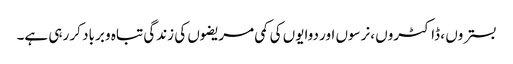
بستروں ، ڈاکٹروں ،نرسوں اور دوایوں کی کمی مریضوں کی زندگی تباہ و برباد کر رہی ہے۔